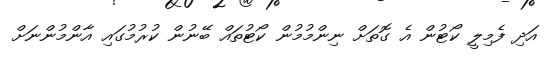
އަދި ފެމިލީ ކޯޓުން އެ ގޮތަށް ނިންމުމުން ކޯޓުތައް ބޭނުން ކުރުމުގައި އާންމުންނަށް